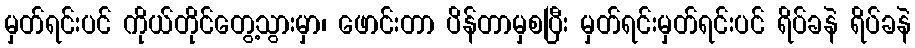
မှတ်ရင်းပင် ကိုယ်တိုင်တွေ့သွားမှာ၊ ဖောင်းတာ ပိန်တာမှစပြီး မှတ်ရင်းမှတ်ရင်းပင် ရိပ်ခနဲ ရိပ်ခနဲ